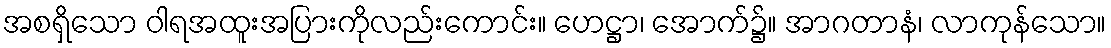
အစရှိသော ဝါရအထူးအပြားကိုလည်းကောင်း။ ဟေဋ္ဌာ၊ အောက်၌။ အာဂတာနံ၊ လာကုန်သော။